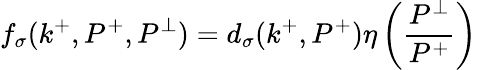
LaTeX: f_{\sigma}(k^{+},P^{+},P^{\perp})=d_{\sigma}(k^{+},P^{+})\eta\left(\frac{P^{\perp}}{P^{+}}\right)